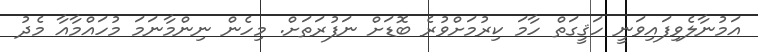
އަމުނާލެވިފައިވަނީ ހަޤީގަތް ހާމަ ކިރުމަށްވުރެ ބޮޑަށް ނަފުރަތަށް. މިހެން ނިންމާނަމަ މުހައްމާއާ މެދު